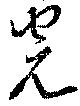
完